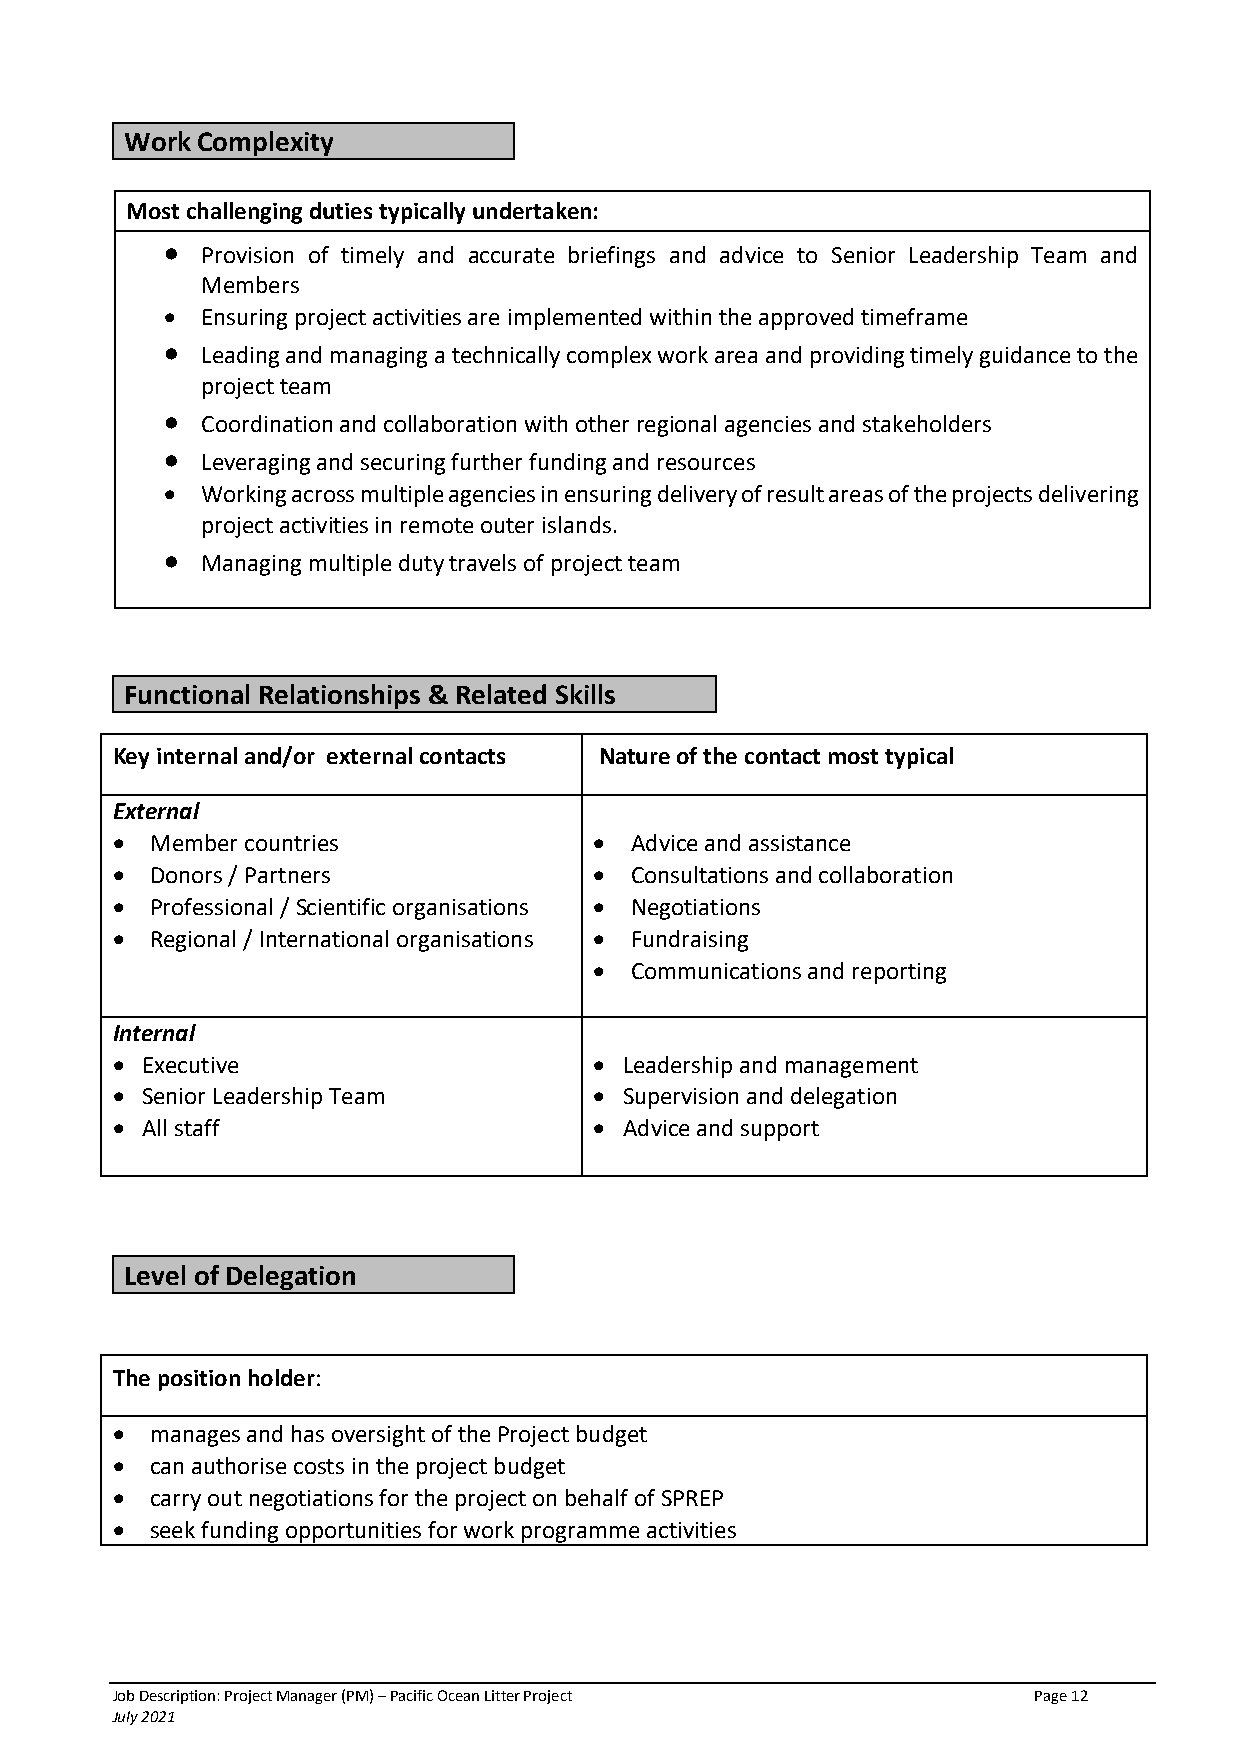
Work Complexity
 Most challenging duties typically undertaken:
 • Provision of timely and accurate briefings and advice to Senior Leadership Team and
 Members
 • Ensuring project activities are implemented within the approved timeframe
 • Leading and managing a technically complex work area and providing timely guidance to the
 project team
 • Coordination and collaboration with other regional agencies and stakeholders
 • Leveraging and securing further funding and resources
 • Working across multiple agencies in ensuring delivery of result areas of the projects delivering
 project activities in remote outer islands.
 • Managing multiple duty travels of project team
 Functional Relationships & Related Skills
 Key internal and/or external contacts Nature of the contact most typical
 External
 •  Member countries             •  Advice and assistance
 •  Donors / Partners            •  Consultations and collaboration
 •  Professional / Scientific organisations • Negotiations
 •  Regional / International organisations • Fundraising
 •  Communications and reporting
 Internal
 • Executive                     • Leadership and management
 • Senior Leadership Team        • Supervision and delegation
 • All staff                     • Advice and support
 Level of Delegation
 The position holder:
 •  manages and has oversight of the Project budget
 •  can authorise costs in the project budget
 •  carry out negotiations for the project on behalf of SPREP
 •  seek funding opportunities for work programme activities
 Job Description: Project Manager (PM) – Pacific Ocean Litter Project Page 12
 July 2021